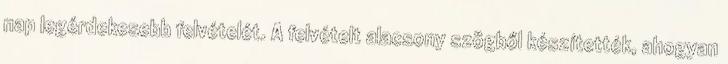
nap legérdekesebb felvételét. A felvételt alacsony szögből készítették, ahogyan